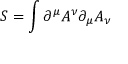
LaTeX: S = \int \partial ^ { \mu } A ^ { \nu } \partial _ { \mu } A _ { \nu }